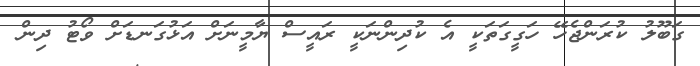
ގަބޫލު ކުރަންޖެހޭ ހަގީގަތަކީ އެ ކުދިންނަކީ ރައީސް ޔާމީނަށް އަޅުގަނޑަށް ވޯޓު ދިން